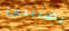
يصيبني